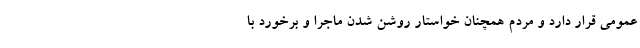
عمومی قرار دارد و مردم همچنان خواستار روشن شدن ماجرا و برخورد با